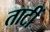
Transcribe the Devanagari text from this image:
ताटीं